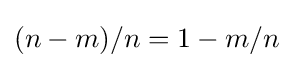
(n-m)/n=1-m/n